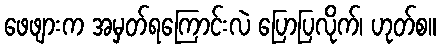
ဖေဖျားက အမှတ်ရကြောင်းလဲ ပြောပြလိုက်၊ ဟုတ်စ။